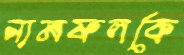
নামফলকে